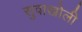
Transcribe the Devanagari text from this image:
सुवाखोली